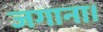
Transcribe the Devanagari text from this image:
जगाना।